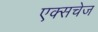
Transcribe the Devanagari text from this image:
एक्सचेज